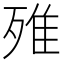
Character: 𣨫